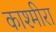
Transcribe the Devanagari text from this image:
काश्मीरा